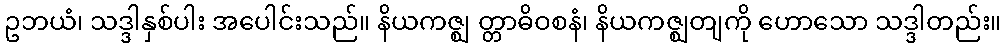
ဥဘယံ၊ သဒ္ဒါနှစ်ပါး အပေါင်းသည်။ နိယကဇ္ဈ တ္တာဓိဝစနံ၊ နိယကဇ္ဈတျကို ဟောသော သဒ္ဒါတည်း။